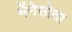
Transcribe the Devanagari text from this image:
मेंनेसोता